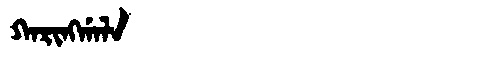
Manchu: ᡴᠠᡵᡳᠩᡤᠠᠯᠠ
Romanization: KARINGGALA